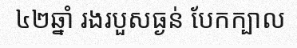
៤២ឆ្នាំ រងរបួសធ្ងន់ បែកក្បាល